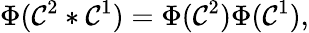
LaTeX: \Phi(\mathcal{C}^{2}*\mathcal{C}^{1})=\Phi(\mathcal{C}^{2})\Phi(\mathcal{C}^{1}),